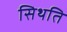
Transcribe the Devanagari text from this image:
सिथति